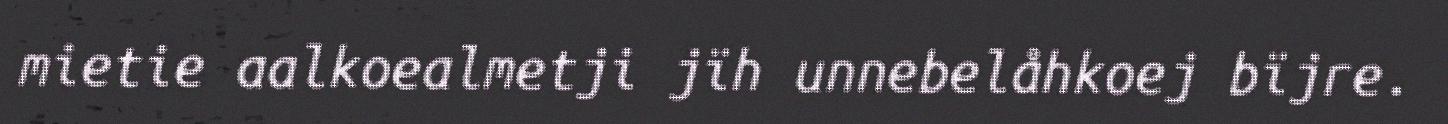
mietie aalkoealmetji jïh unnebelåhkoej bïjre.